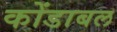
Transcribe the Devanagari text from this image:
कोंडाबल